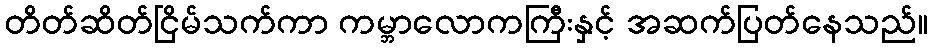
တိတ်ဆိတ်ငြိမ်သက်ကာ ကမ္ဘာလောကကြီးနှင့် အဆက်ပြတ်နေသည်။